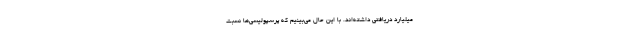
میلیارد دریافتی داشته‌اند. با این حال می‌بینیم که پرسپولیسی‌ها نسبت